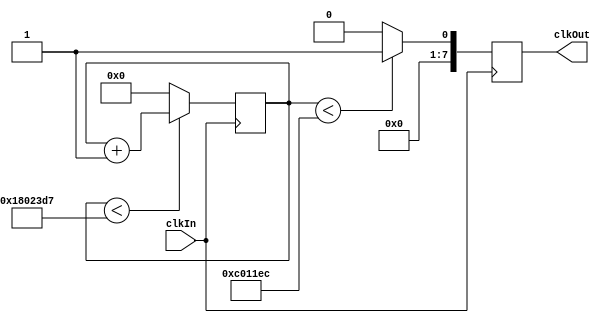
module prescaler (
	input clkIn,
	output reg [7:0] clkOut

);
parameter F_OSC = 25175000;
parameter DIV = 1;
parameter DELAY = F_OSC/DIV;

reg [31:0] counter;

/*
always@(posedge clkin)
	if(counter < (F_OSC/8))
		clkout <= 8'b10000000;
	else if(counter < (F_OSC/4))
		clkout <= 8'b01000000;
	else if(counter < (3*F_OSC/8))
		clkout <= 8'b00100000;
	else if(counter < (F_OSC/2))
		clkout <= 8'b00010000;
	else if(counter < (5*F_OSC/8))
		clkout <= 8'b00001000;
	else if(counter < (3*F_OSC/4))
		clkout <= 8'b00000100;
	else if(counter < (7*F_OSC/8))
		clkout <= 8'b00000010;
	else 
		clkout <= 8'b00000001;
	
*/	
always @(posedge clkIn)
	if (counter < DELAY/2)
		clkOut <= 1;
	else
		clkOut <= 0;

always @(posedge clkIn)
	if (counter < (DELAY-1))
		counter <= counter+1;
	else
		counter <= 0;
		
endmodule